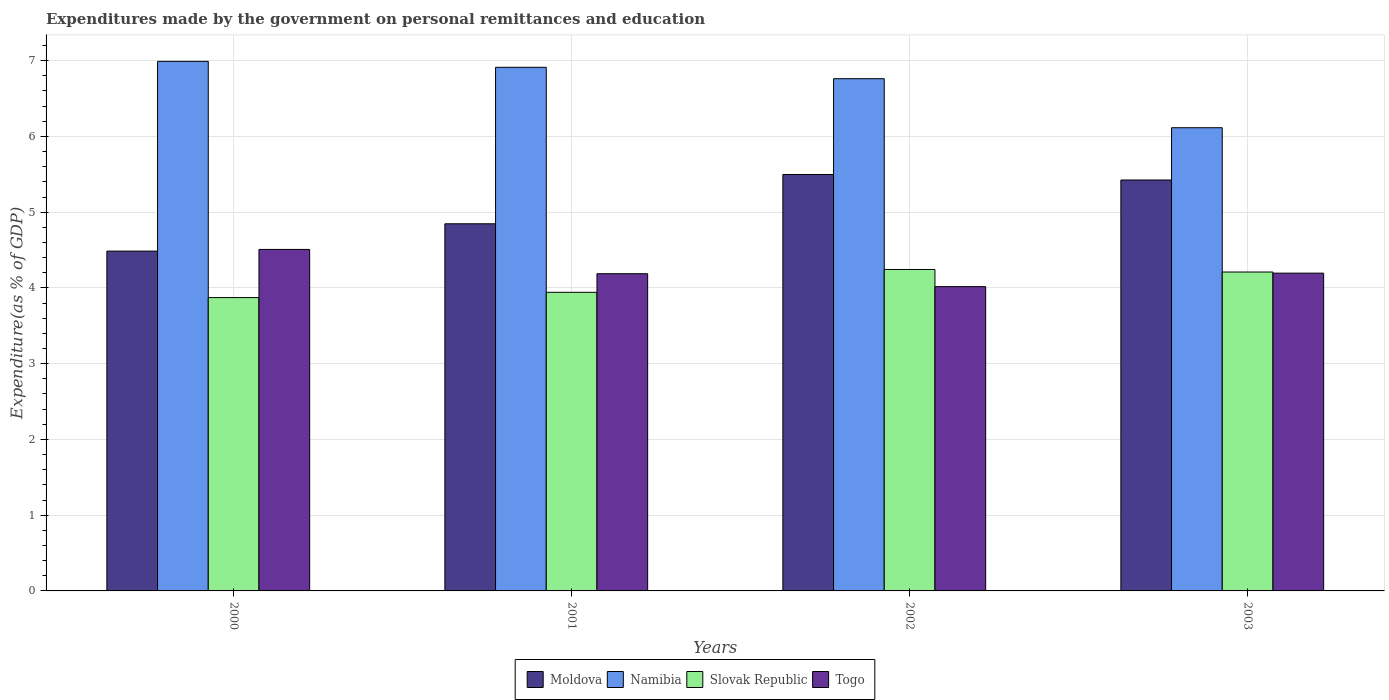
| Years | Moldova | Namibia | Slovak Republic | Togo |
 | --- | --- | --- | --- | --- |
 | 2000 | 4.49 | 6.99 | 3.87 | 4.51 |
 | 2001 | 4.85 | 6.91 | 3.94 | 4.19 |
 | 2002 | 5.5 | 6.76 | 4.24 | 4.02 |
 | 2003 | 5.42 | 6.12 | 4.21 | 4.2 |